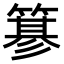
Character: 𥲲